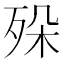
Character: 𣧷